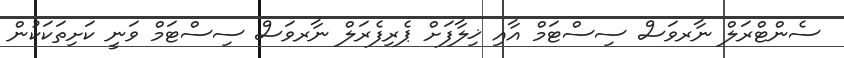
ސެންޓްރަލް ނާރވަސް ސިސްޓަމް އާއި ޚިލާފަށް ޕެރިފެރަލް ނާރވަސް ސިސްޓަމް ވަނީ ކަށިތަކަކުން